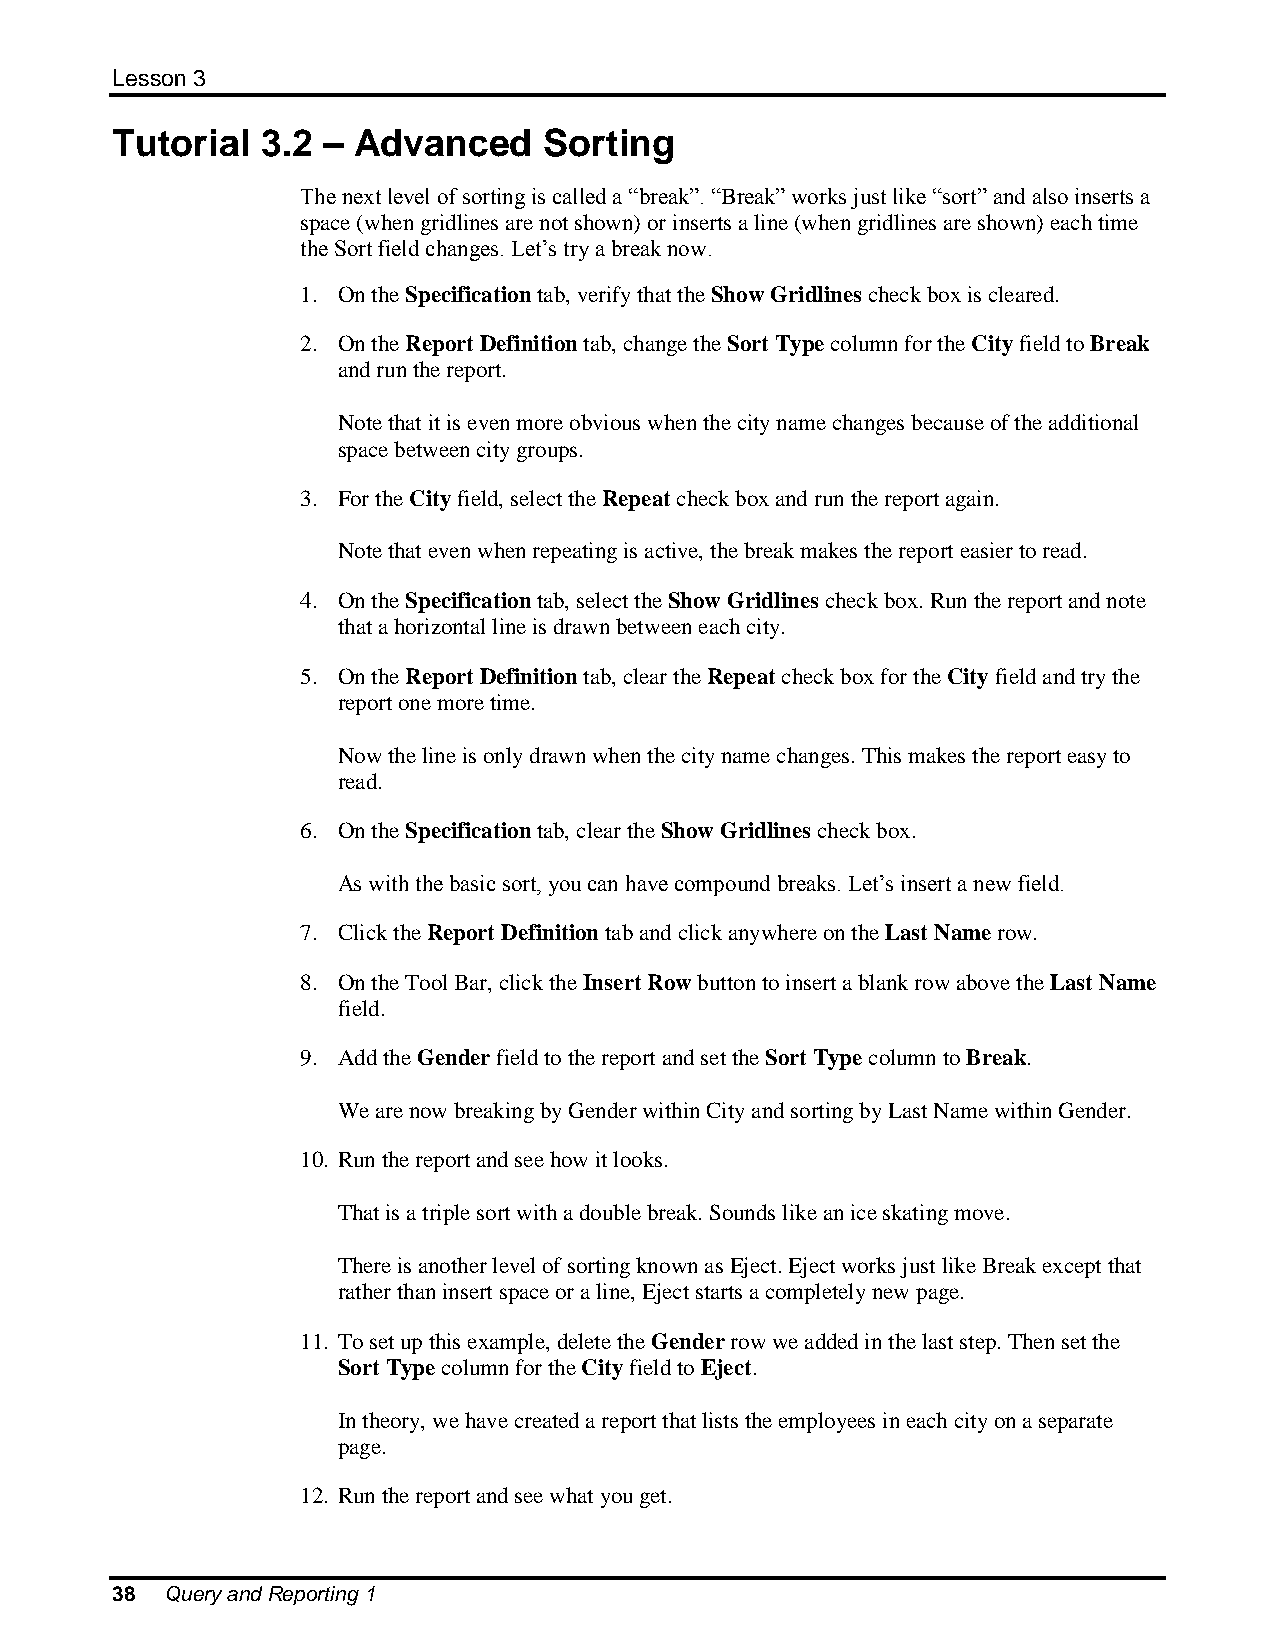
Lesson 3
 Tutorial  3.2 – Advanced     Sorting
 The next level of sorting is called a “break”. “Break” works just like “sort” and also inserts a
 space (when gridlines are not shown) or inserts a line (when gridlines are shown) each time
 the Sort field changes. Let’s try a break now.
 1. On the Specification tab, verify that the Show Gridlines check box is cleared.
 2. On the Report Definition tab, change the Sort Type column for the City field to Break
 and run the report.
 Note that it is even more obvious when the city name changes because of the additional
 space between city groups.
 3. For the City field, select the Repeat check box and run the report again.
 Note that even when repeating is active, the break makes the report easier to read.
 4. On the Specification tab, select the Show Gridlines check box. Run the report and note
 that a horizontal line is drawn between each city.
 5. On the Report Definition tab, clear the Repeat check box for the City field and try the
 report one more time.
 Now the line is only drawn when the city name changes. This makes the report easy to
 read.
 6. On the Specification tab, clear the Show Gridlines check box.
 As with the basic sort, you can have compound breaks. Let’s insert a new field.
 7. Click the Report Definition tab and click anywhere on the Last Name row.
 8. On the Tool Bar, click the Insert Row button to insert a blank row above the Last Name
 field.
 9. Add the Gender field to the report and set the Sort Type column to Break.
 We are now breaking by Gender within City and sorting by Last Name within Gender.
 10. Run the report and see how it looks.
 That is a triple sort with a double break. Sounds like an ice skating move.
 There is another level of sorting known as Eject. Eject works just like Break except that
 rather than insert space or a line, Eject starts a completely new page.
 11. To set up this example, delete the Gender row we added in the last step. Then set the
 Sort Type column for the City field to Eject.
 In theory, we have created a report that lists the employees in each city on a separate
 page.
 12. Run the report and see what you get.
 38  Query and Reporting 1